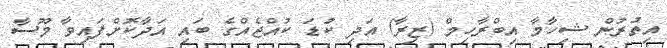
އިތުރުން ޝިހާމާ އިބްރާހިމް (ޒިރާ) އަދި ކުޑަ ކުއްޖެއްގެ ބައި އަދާކޮށްފައިވާ މޫސާ